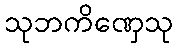
သုဘကိဏှေသု